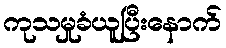
ကုသမှုခံယူပြီးနောက်